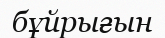
бұйрығын